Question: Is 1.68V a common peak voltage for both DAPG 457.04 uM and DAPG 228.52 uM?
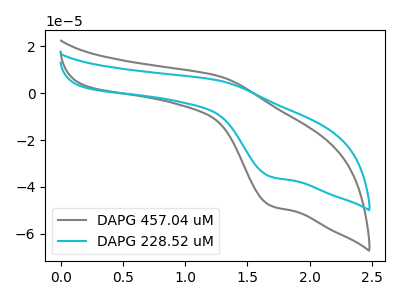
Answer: <think>The gray curve "DAPG 457.04 uM" has an anodic peak at (1.25V, 7.40uA) and a cathodic peak at (1.70V, -48.00uA). The cyan curve "DAPG 228.52 uM" has an anodic peak at (1.25V, 5.50uA) and a cathodic peak at (1.70V, -35.60uA).</think>
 <answer>Yes, "DAPG 457.04 uM" and "DAPG 228.52 uM" share a peak at 1.68V.</answer>
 <eval>match</eval>